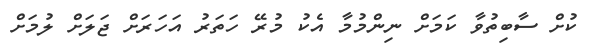
ކުށް ސާބިތުވާ ކަމަށް ނިންމުމާ އެކު މުރޭ ހަތަރު އަހަރަށް ޖަލަށް ލުމަށް